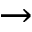
\rightarrow